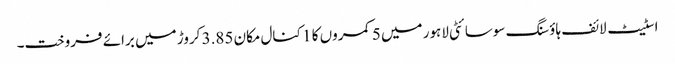
اسٹیٹ لائف ہاؤسنگ سوسائٹی لاہور میں 5 کمروں کا 1 کنال مکان 3.85 کروڑ میں برائے فروخت۔